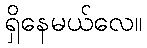
ရှိနေမယ်လေ။